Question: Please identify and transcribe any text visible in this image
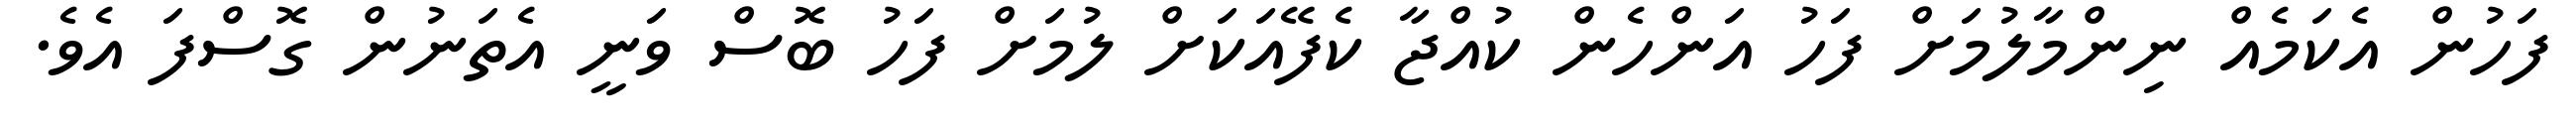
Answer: ފަހުން އެކަމެއް ނިންމާލުމަށް ފަހު އަންހެން ކުއްޖާ ކެފޭއަކަށް ލުމަށް ފަހު ބޮސް ވަނީ އެތަނުން ގޮސްފަ އެވެ.